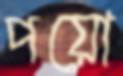
পয়ো